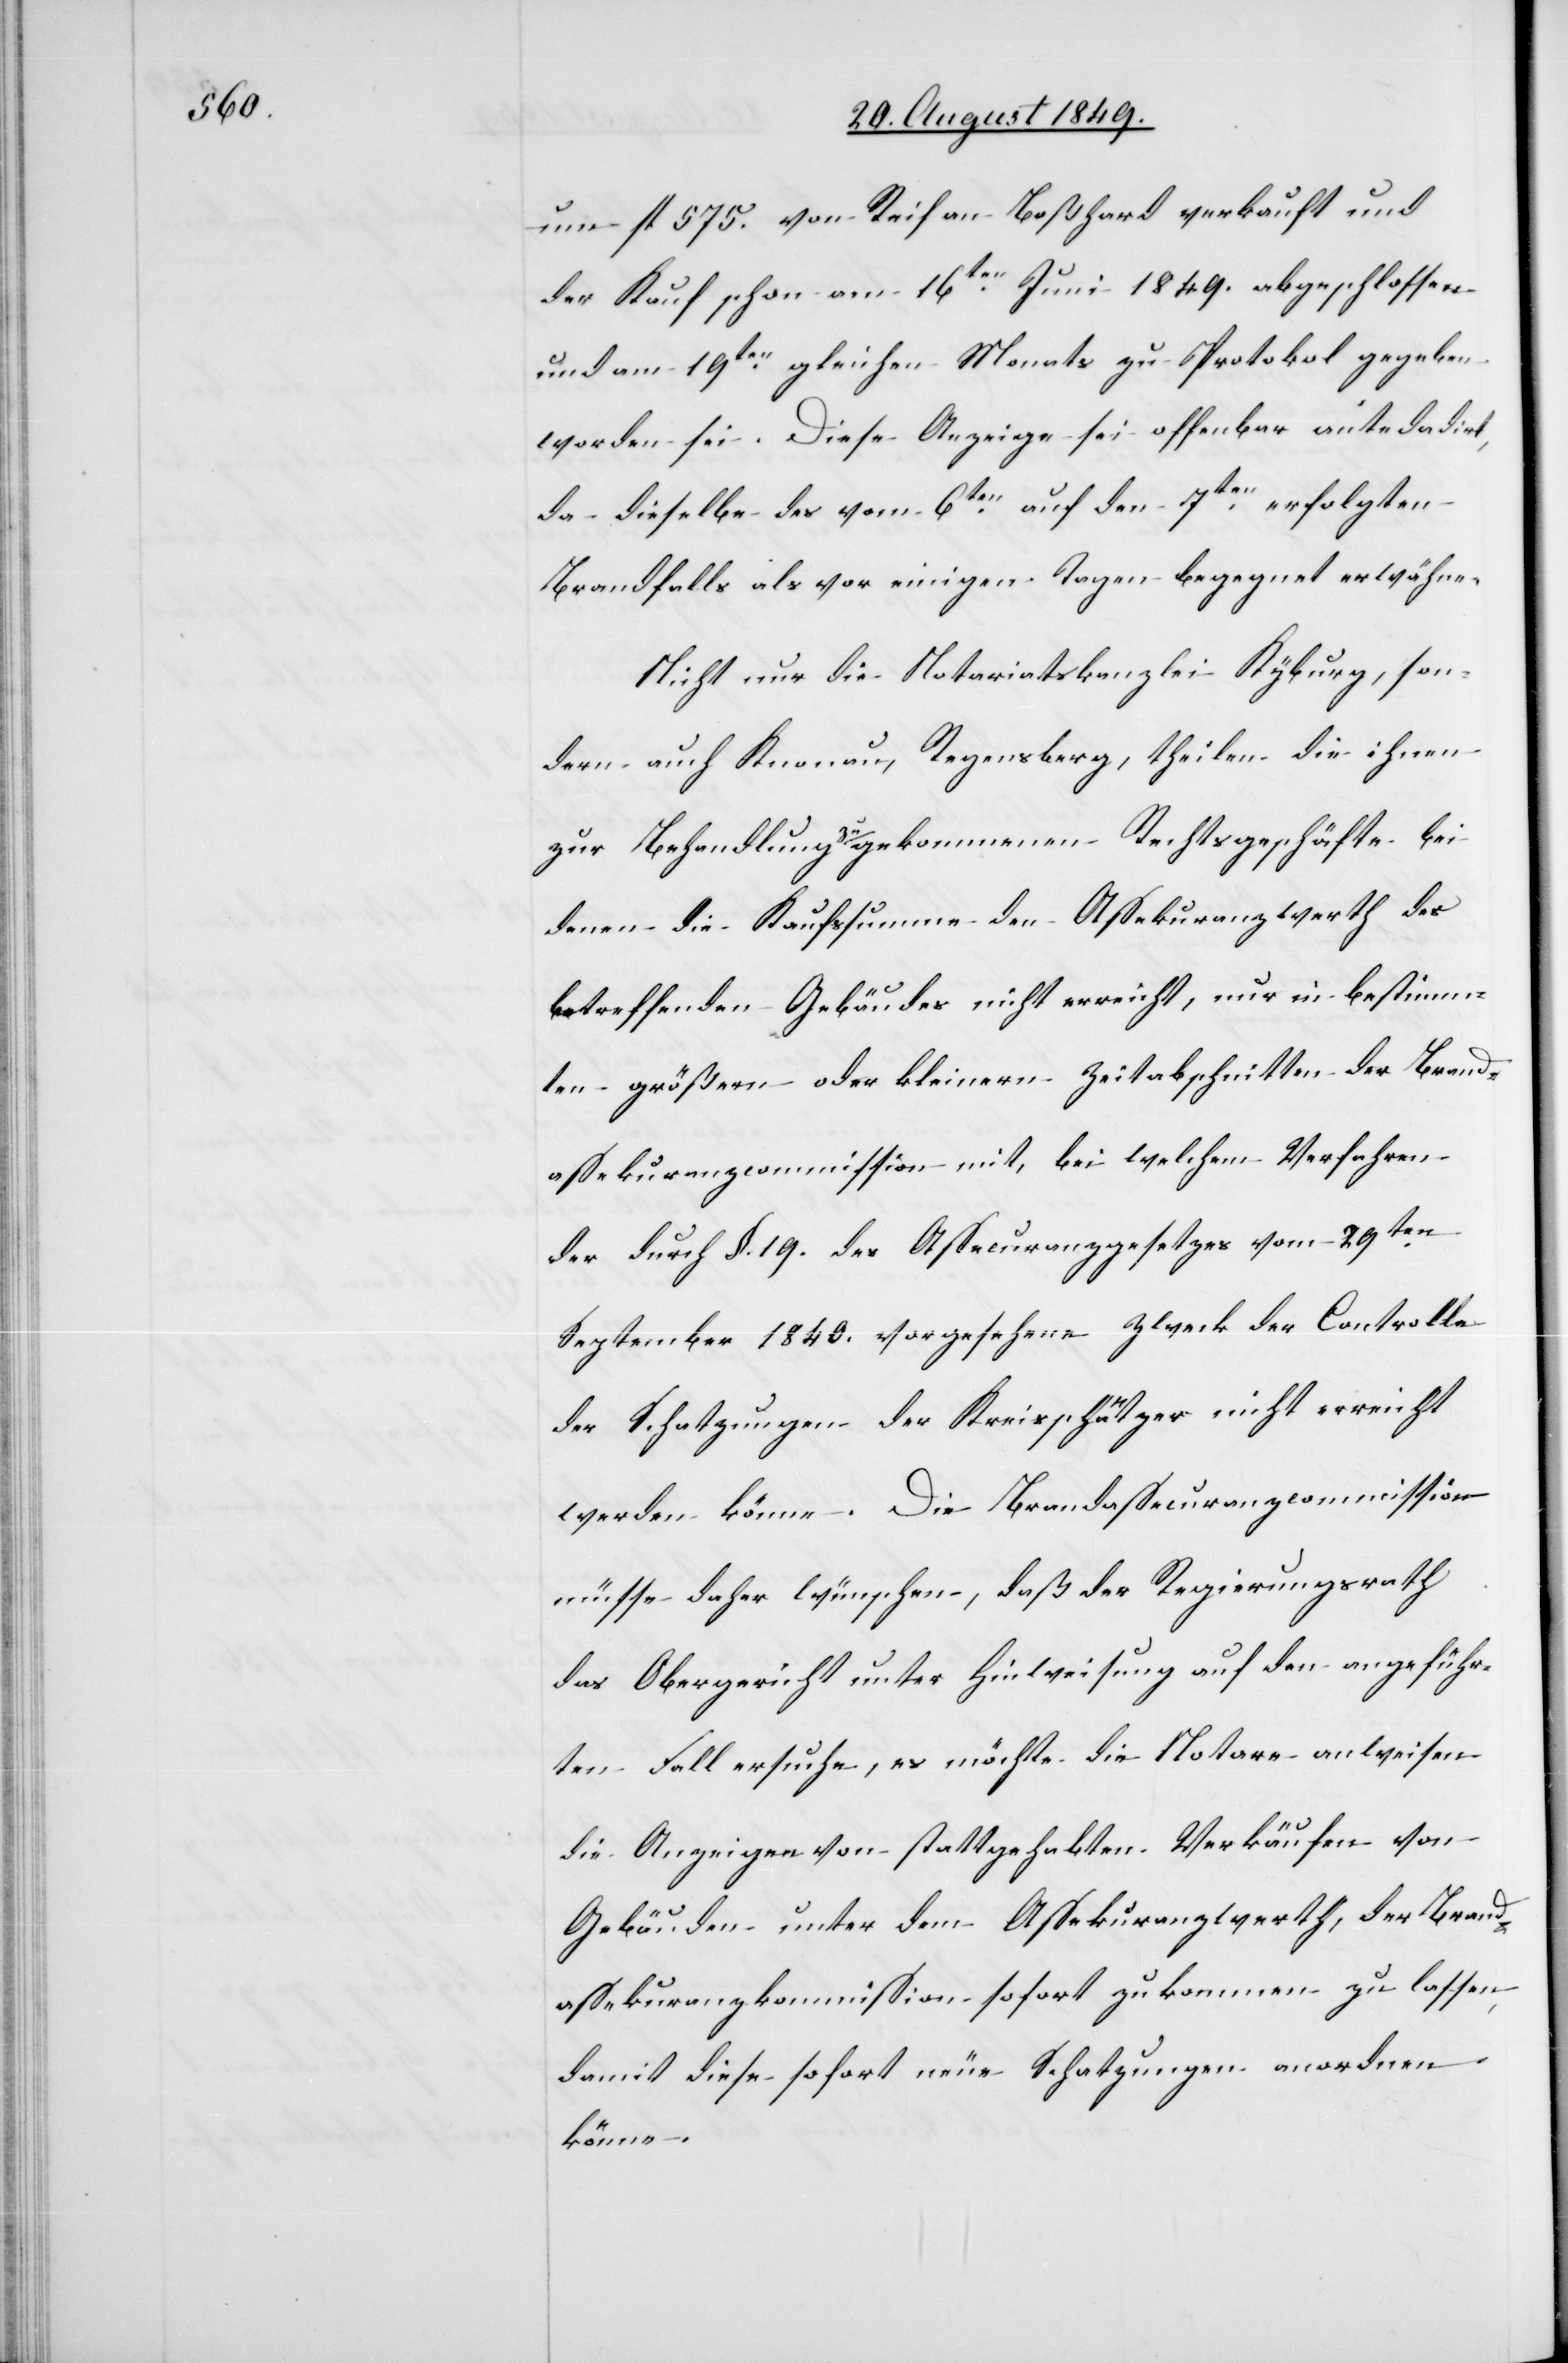
um fl. 575. von Reif an Boßhard verkauft und
der Kauf schon am 16ten Juni 1849. abgeschlossen
und am 19ten gleichen Monats zu Protokoll gegeben
worden sei. Diese Anzeige sei offenbar ante dadirt
da dieselbe des vom 6ten auf den 7ten erfolgten
Brandfalls als vor einigen Tagen begegnet erwähne.
Nicht nur die Notariatskanzlei Kyburg, son¬
dern auch Knonau, Regensberg, theilen die ihnen
zur Behandlung zugekommenen Rechtsgeschäfte bei
denen die Kaufssumme den Assekuranzwerth des
betreffenden Gebäudes nicht erreicht, nur in bestimm¬
ten größern oder kleinern Zeitabschnitten der Brand¬
assekuranzcommission mit, bei welchem Verfahren
der durch §. 19. des Assecuranzgesetzes vom 29ten
September 1840. vorgesehene Zweck der Controlle
der Schatzungen der Kreisschätzer nicht erreicht
werden könne. Die Brandassecuranzcommission
müsse daher wünschen, daß der Regierungsrath
das Obergericht unter Hinweisung auf den angeführ¬
ten Fall ersuche, es möchte die Notare anweisen
die Anzeigen von stattgehabten Verkäufen von
Gebäuden unter dem Assekuranzwerth, der Brand¬
assekuranzkommission sofort zukommen zu lassen,
damit diese sofort neue Schatzungen anordnen
könne.